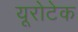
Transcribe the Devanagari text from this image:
यूरोटेक